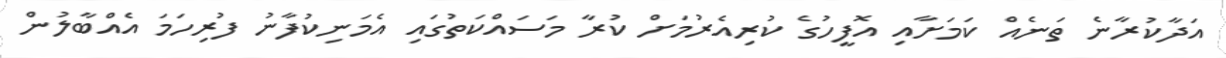
އަދާކުރާނެ ތަނެއް ކަމަށާއި އޮފީހުގެ ކުރިއެރުމަށް ކުރާ މަސައްކަތުގައި އެމަނިކުފާނު ފުރިހަމަ އެއްބާލުން